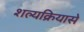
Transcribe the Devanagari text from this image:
शल्यक्रियासे